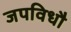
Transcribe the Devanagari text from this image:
जपविधौ